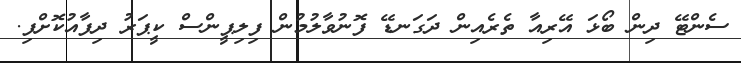
ސެންޓޭ ދިން ބޯޅަ އޭރިއާ ތެރެއިން ދަގަނޑޭ ފޮނުވާލުމުން ފިލިޕީންސް ކީޕަރު ދިފާއުކޮށްފި.